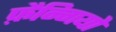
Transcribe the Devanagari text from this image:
फ़ैन्गियो